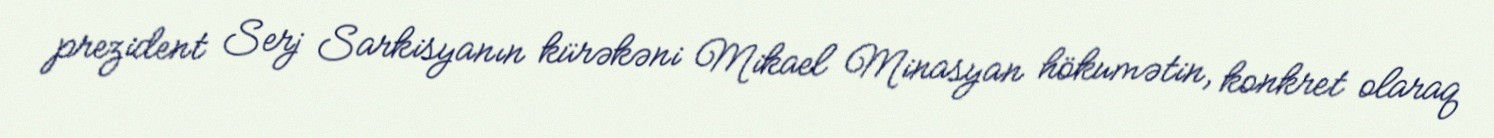
prezident Serj Sarkisyanın kürəkəni Mikael Minasyan hökumətin, konkret olaraq